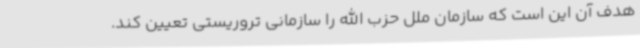
هدف آن این است که سازمان ملل حزب الله را سازمانی تروریستی تعیین کند.